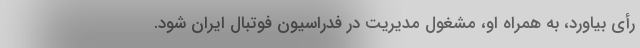
رأی بیاورد، به ‌همراه او، مشغول مدیریت در فدراسیون فوتبال ایران شود.